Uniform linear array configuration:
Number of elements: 16
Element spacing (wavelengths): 0.5
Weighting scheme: kaiser
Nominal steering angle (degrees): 60
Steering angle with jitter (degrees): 61.097
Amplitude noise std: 0.05
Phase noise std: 0.05

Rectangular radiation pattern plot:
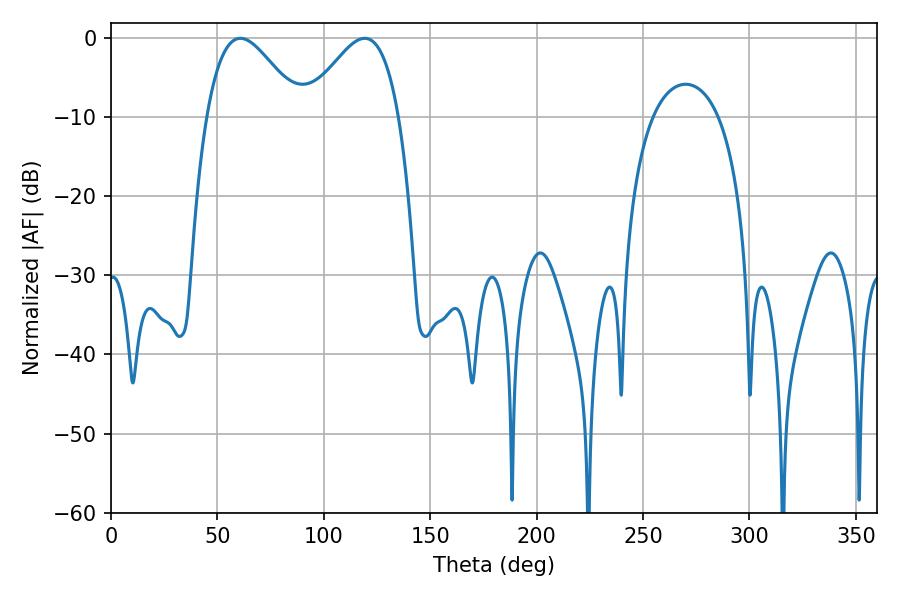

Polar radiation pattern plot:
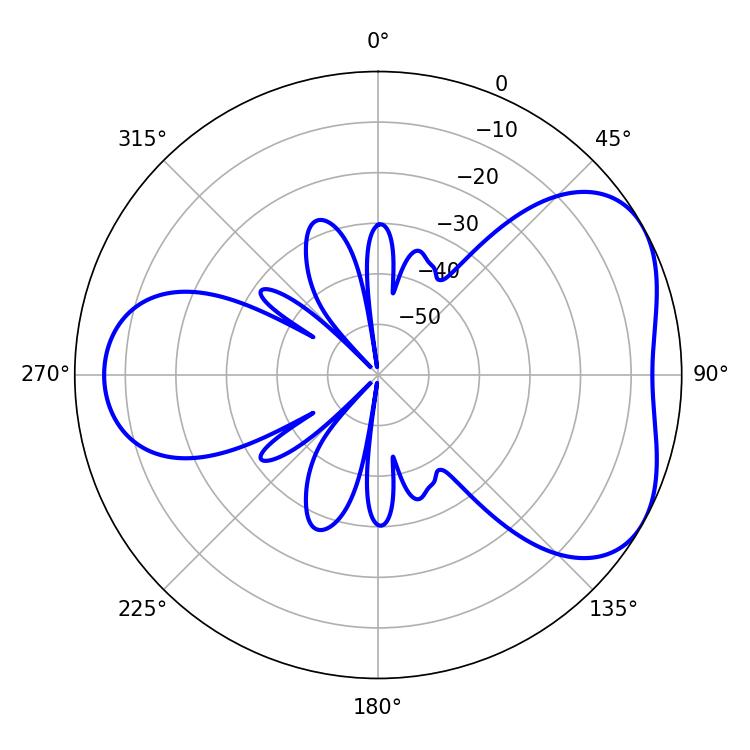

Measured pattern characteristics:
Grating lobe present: FALSE
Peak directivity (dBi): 4.627
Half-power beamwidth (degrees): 23.58
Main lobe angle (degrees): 60.84